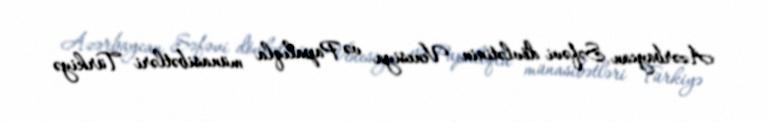
Azərbaycan Səfəvi dövlətinin Venesiya və Papalıqla münasibətləri Türkiyə